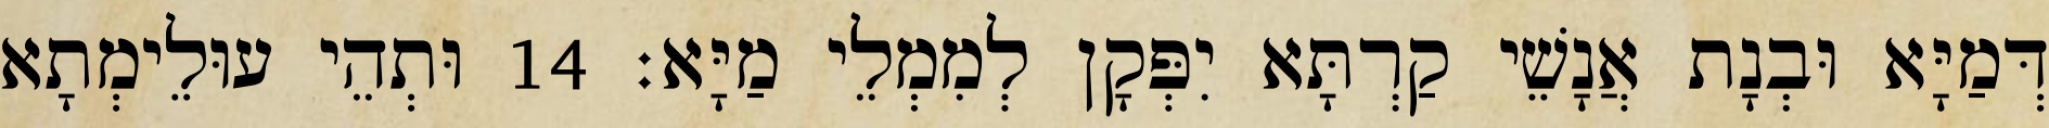
דְּמַיָּא וּבְנָת אֲנָשֵׁי קַרְתָּא יִפְּקָן לְמִמְלֵי מַיָּא׃ 14 וּתְהֵי עוּלֵימְתָא